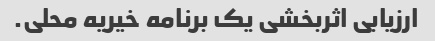
ارزیابی اثربخشی یک برنامه خیریه محلی.